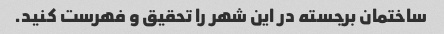
ساختمان برجسته در این شهر را تحقیق و فهرست کنید.